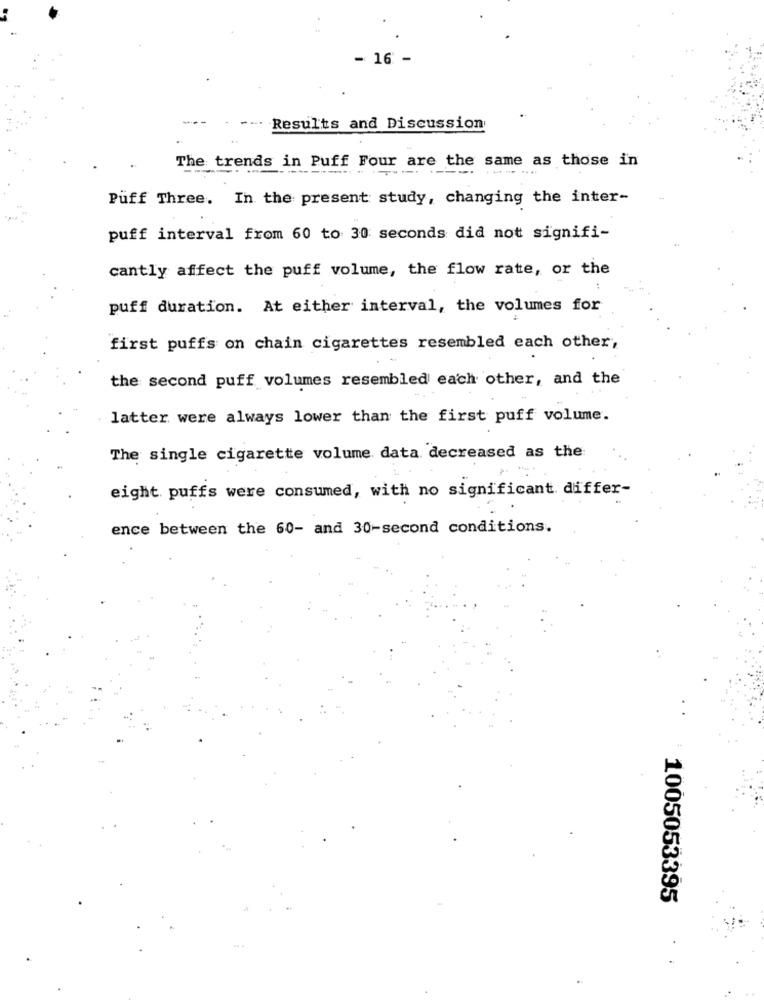
16 -
Results and Discussion
The trends in Puff Four are the same as those in
Puff Three. In the present study, changing the inter-
puff interval from 60 to 30 seconds did not signifi-
cantly affect the puff volume, the flow rate, or the
puff duration. At either interval, the volumes for
first puffs on chain cigarettes resembled each other,
the second puff volumes resembled each other, and the
latter were always lower than the first puff volume.
The single cigarette volume data decreased as the
eight puffs were consumed, with no significant differ-
ence between the 60- and 30-second conditions.
1005053395
.